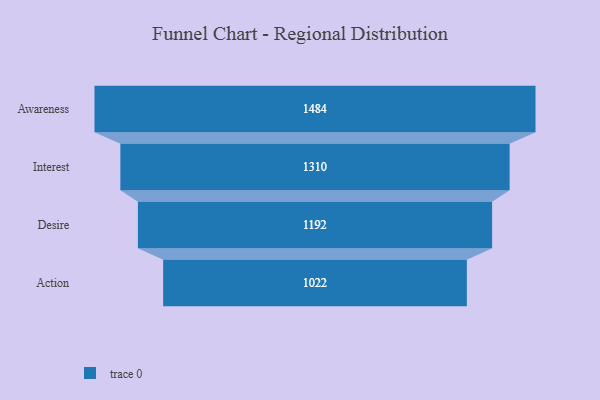
{"axis": {"x": "Stage", "y": "Value"}, "legend": [""], "data": [{"x": "Awareness", "y": 1484.0, "type": ""}, {"x": "Interest", "y": 1310.0, "type": ""}, {"x": "Desire", "y": 1192.0, "type": ""}, {"x": "Action", "y": 1022.0, "type": ""}]}